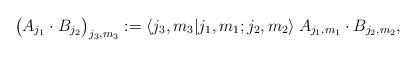
LaTeX: \begin{align*}\big( A_{j_1} \cdot B_{j_2} \big)_{j_3,m_3} := \langle j_3,m_3 | j_1,m_1;j_2,m_2 \rangle \: A_{j_1,m_1} \cdot B_{j_2,m_2},\end{align*}